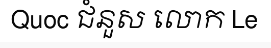
Quoc ជំនួស លោក Le